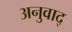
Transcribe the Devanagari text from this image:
अनुवाद्